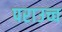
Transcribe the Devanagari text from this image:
पराउच्च